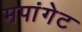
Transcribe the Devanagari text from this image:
मपांगेट